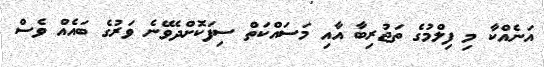
އަނެއްކާ މި ފިލްމުގެ ތަޖުރިބާ އާއި މަސައްކަތް ސިފަކޮށްދެވޭނެ ވަރުގެ ބައެއް ވެސް